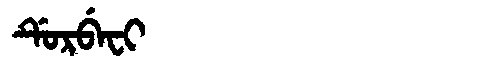
Manchu: ᡩᡠᡵᠪᡝᠸᡳ
Romanization: DURBEFI